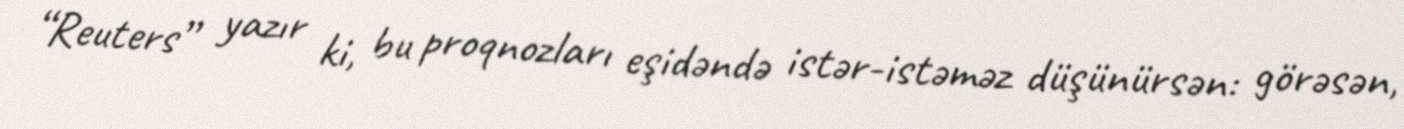
“Reuters” yazır ki, bu proqnozları eşidəndə istər-istəməz düşünürsən: görəsən,